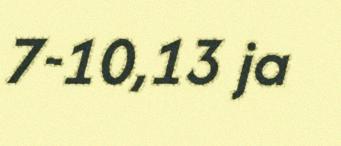
7-10,13 ja